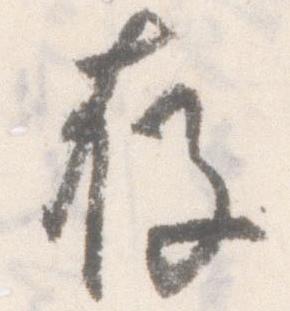
存